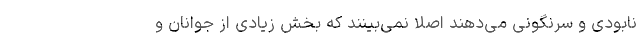
نابودی و سرنگونی می‌دهند اصلا نمی‌بینند که بخش زیادی از جوانان و